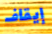
إيقاف